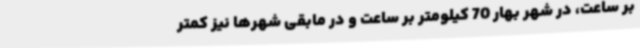
بر ساعت، در شهر بهار 70 کیلومتر بر ساعت و در مابقی شهرها نیز کمتر